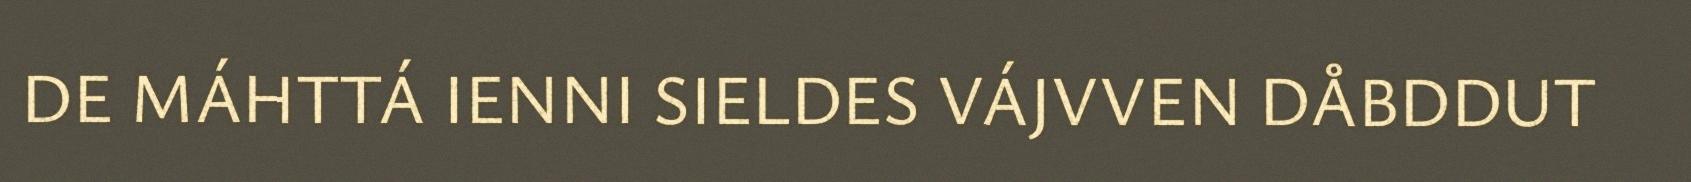
DE MÁHTTÁ IENNI SIELDES VÁJVVEN DÅBDDUT